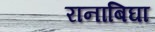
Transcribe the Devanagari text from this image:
रानाबिघा